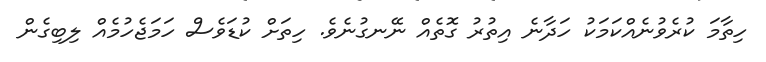
ހިތާމަ ކުރެވުނެއްކަމަކު ހަދާނެ އިތުރު ގޮތެއް ނޭނގުނެވެ. ހިތަށް ކުޑަވެސް ހަމަޖެހުމެއް ލިބިގެން